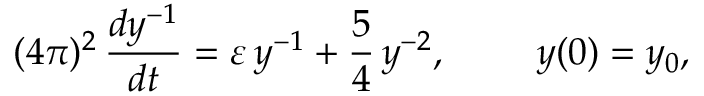
( 4 \pi ) ^ { 2 } \, \frac { d y ^ { - 1 } } { d t } = \varepsilon \, y ^ { - 1 } + \frac { 5 } { 4 } \, y ^ { - 2 } , \, \, \, \, \, \, \, \, \, \, \, \, \, \, y ( 0 ) = y _ { 0 } ,